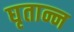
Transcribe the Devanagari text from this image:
घृतान्न